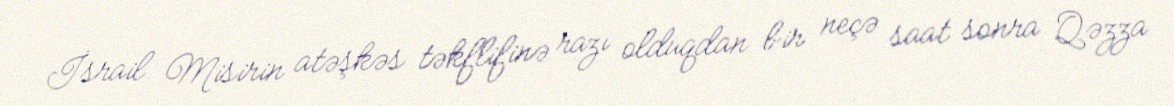
İsrail Misirin atəşkəs təkflifinə razı olduqdan bir neçə saat sonra Qəzza